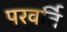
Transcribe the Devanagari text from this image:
परवर्ति